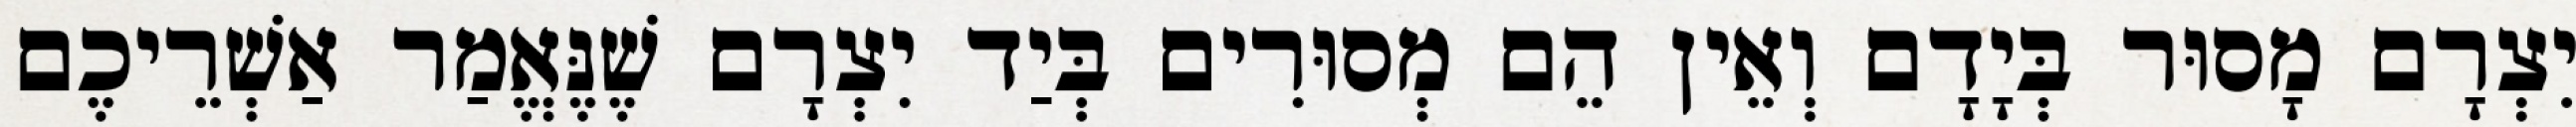
יִצְרָם מָסוּר בְּיָדָם וְאֵין הֵם מְסוּרִים בְּיַד יִצְרָם שֶׁנֶּאֱמַר אַשְׁרֵיכֶם